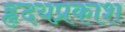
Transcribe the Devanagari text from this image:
हृदयप्रकाश